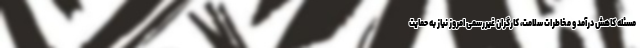
مسئله کاهش درآمد و مخاطرات سلامت، کارگران غیررسمی امروز نیاز به حمایت